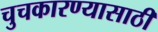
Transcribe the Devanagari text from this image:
चुचकारण्यासाठी